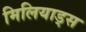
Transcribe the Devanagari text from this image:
मिलियाड्स